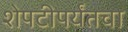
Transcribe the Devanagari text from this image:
शेपटीपर्यंतचा